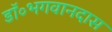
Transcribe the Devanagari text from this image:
डॉ॰भगवानदास